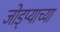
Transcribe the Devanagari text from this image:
जोड्प्याच्या